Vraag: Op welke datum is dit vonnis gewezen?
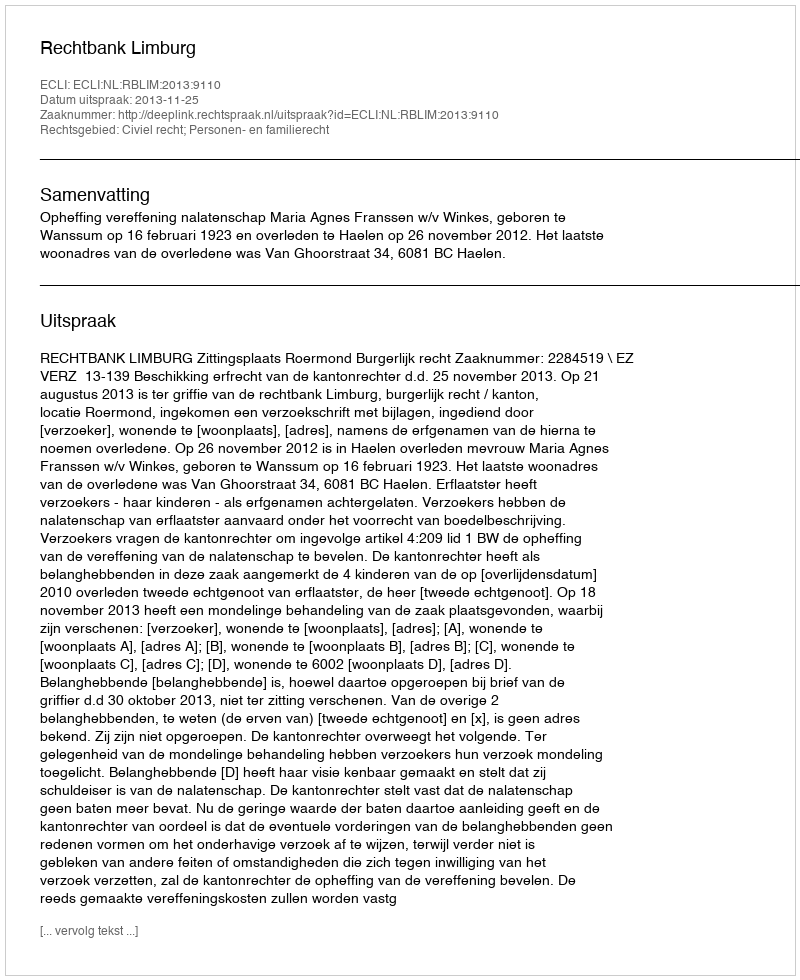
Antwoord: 2013-11-25